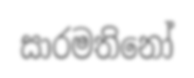
සාරමතිනෝ